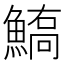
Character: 𩺙